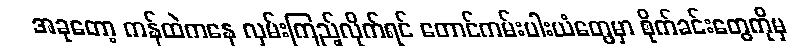
အခုတော့ ကန်ထဲကနေ လှမ်းကြည့်လိုက်ရင် တောင်ကမ်းပါးယံတွေမှာ စိုက်ခင်းတွေကိုမှ